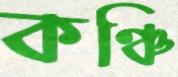
কঞ্চি